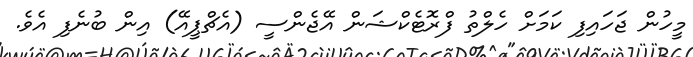
މީހުން ޖަހައިފި ކަމަށް ހެލްތު ފްރޮޓެކްޝަން އޭޖެންސީ (އެޗްޕީއޭ) އިން ބުނެފި އެވެ.